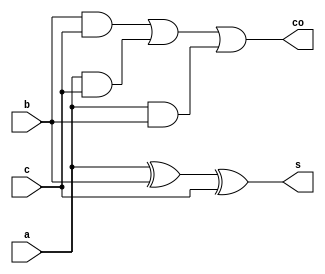
module full_adder(
    input a,
    input b,
    input c,
    output co,
    output s
);

assign co = (b&c) | (a&c) | (a&b);
assign s = a ^ b ^ c;

endmodule